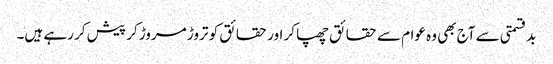
بدقسمتی سے آج بھی وہ عوام سے حقائق چھپا کر اور حقائق کو تروڑ مروڑ کر پیش کر رہے ہیں۔